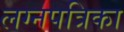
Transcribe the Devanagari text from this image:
लग्नपत्रिका